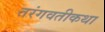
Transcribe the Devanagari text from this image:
तरंगवतीकथा